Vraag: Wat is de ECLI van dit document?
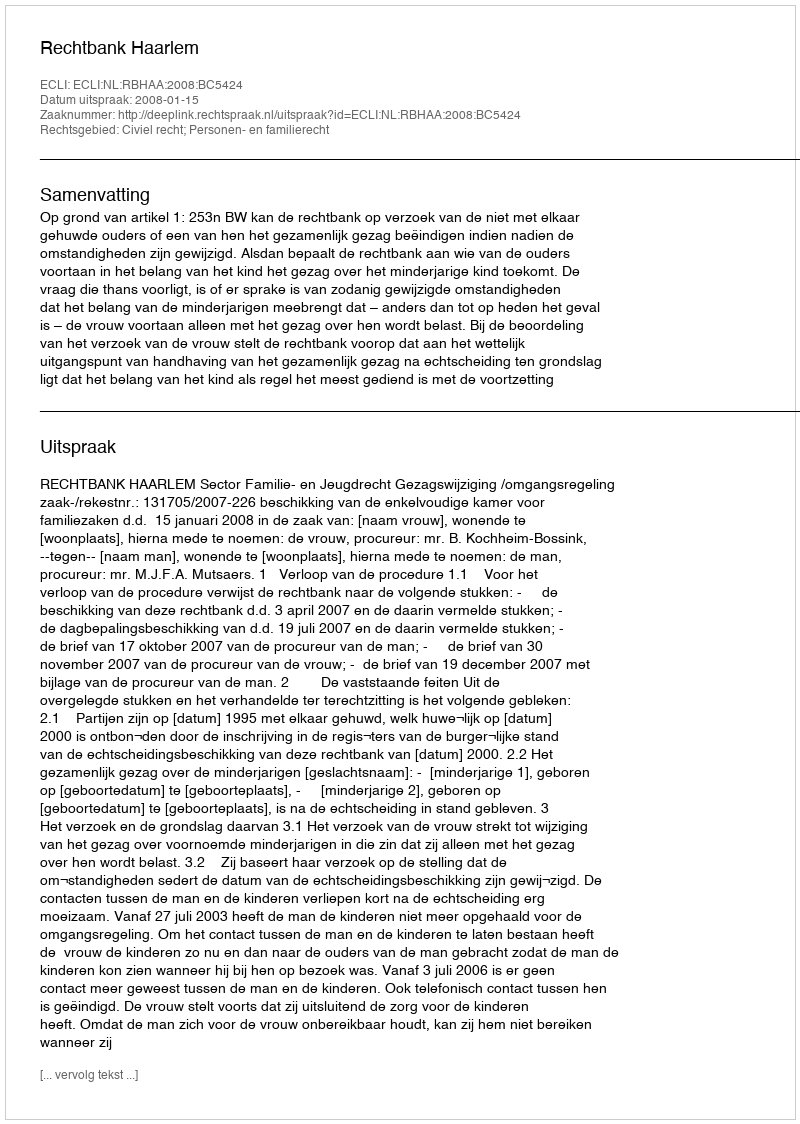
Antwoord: ECLI:NL:RBHAA:2008:BC5424